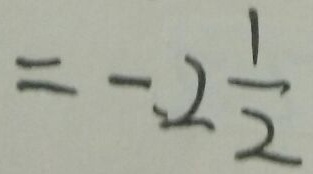
= - 2 \frac { 1 } { 2 }